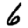
Digit: 6